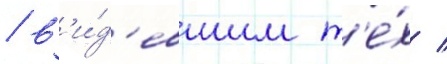
/ в'и́д'евшим т'е́х /